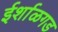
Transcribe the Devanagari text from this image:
ईर्शाळगड